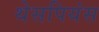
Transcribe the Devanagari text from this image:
थेसपियंस